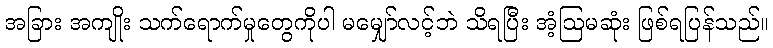
အခြား အကျိုး သက်ရောက်မှုတွေကိုပါ မမျှော်လင့်ဘဲ သိရပြီး အံ့ဩမဆုံး ဖြစ်ရပြန်သည်။